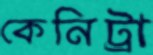
কেনিট্রা